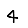
Digit: 4